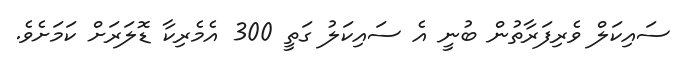
ސައިކަލް ވެރިފަރާތުން ބުނީ އެ ސައިކަލު ގަތީ 300 އެމެރިކާ ޑޮލަރަށް ކަމަށެވެ.